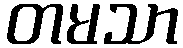
တမသာ